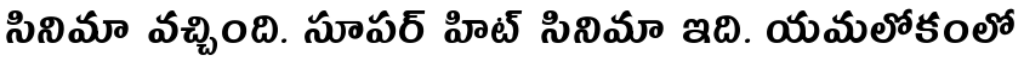
సినిమా వచ్చింది. సూపర్ హిట్ సినిమా ఇది. యమలోకంలో